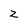
Character: z